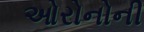
ઓરોનોની